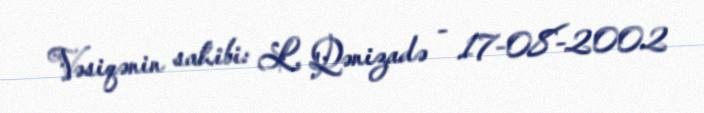
Vəsiqənin sahibi: L. Qənizadə - 17-08-2002